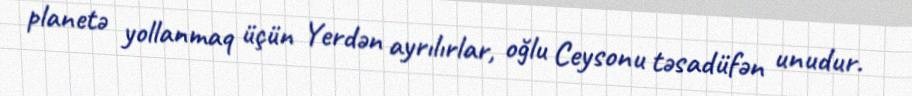
planetə yollanmaq üçün Yerdən ayrılırlar, oğlu Ceysonu təsadüfən unudur.